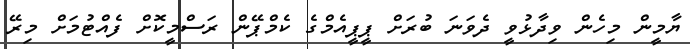
ޔާމީން މިހެން ވިދާޅުވީ ދެވަނަ ބުރަށް ޕީޕީއެމްގެ ކެމްޕޭން ރަސްމީކޮށް ފެއްޓުމަށް މިރޭ